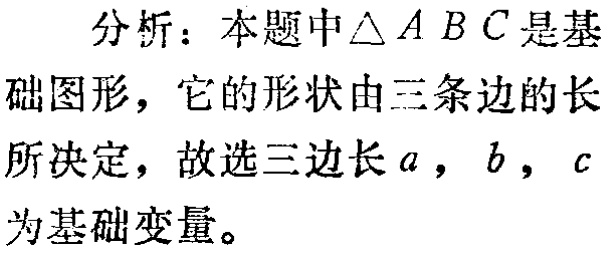
分析：本题中\(\triangle ABC\)是基础图形，它的形状由三条边的长所决定，故选三边长\(a\)，\(b\)，\(c\)为基础变量。